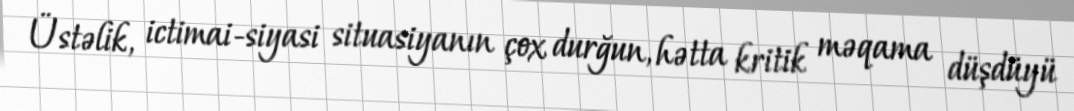
Üstəlik, ictimai-siyasi situasiyanın çox durğun, hətta kritik məqama düşdüyü